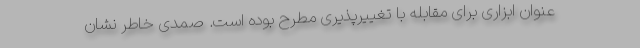
عنوان ابزاری برای مقابله با تغییرپذیری مطرح بوده است. صمدی خاطر نشان